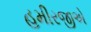
હમીરજીએ